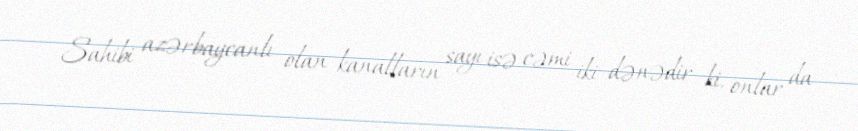
Sahibi azərbaycanlı olan kanalların sayı isə cəmi iki dənədir ki, onlar da